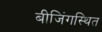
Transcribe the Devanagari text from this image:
बीजिंगस्थित